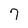
Character: 7